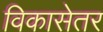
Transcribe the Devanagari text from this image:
विकासेतर